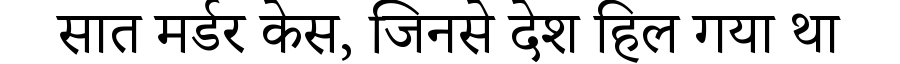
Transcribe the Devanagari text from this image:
सात मर्डर केस, जिनसे देश हिल गया था